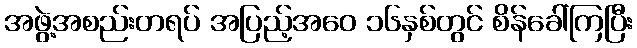
အဖွဲ့အစည်းတရပ် အပြည့်အဝေ ၁၆နှစ်တွင် စိန်ခေါ်ကြပြီး